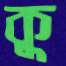
কু